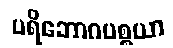
ပရိဘောဂပစ္စယာ